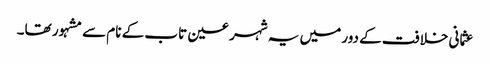
عثمانی خلافت کے دور میں یہ شہر عین تاب کے نام سے مشہور تھا۔